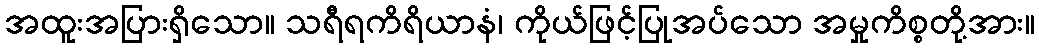
အထူးအပြားရှိသော။ သရီရကိရိယာနံ၊ ကိုယ်ဖြင့်ပြုအပ်သော အမှုကိစ္စတို့အား။